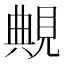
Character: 覥